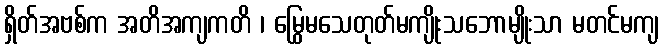
ရှိတ်အဗစ်က အတိအကျကတိ ၊ မြွေမသေတုတ်မကျိုးသဘောမျိုးသာ မတင်မကျ